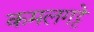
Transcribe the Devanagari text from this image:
कमलगट्टे